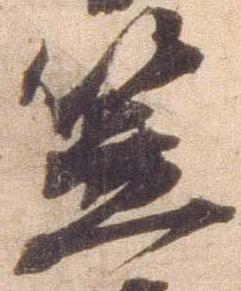
笠